Insane asylums in Bengal annual reports 1867-1875 - 1867-1875
Year: 1867
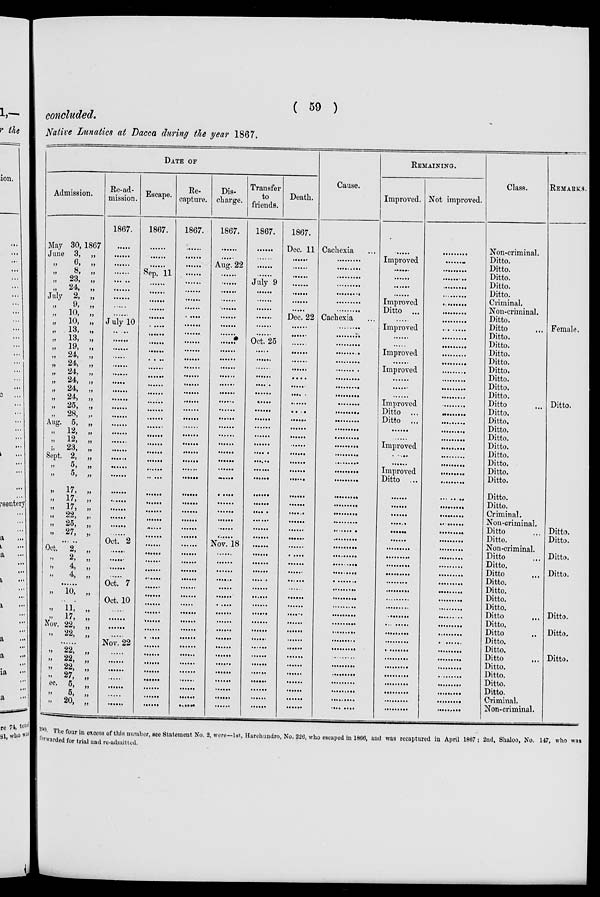
( 59 )
concluded.
Native Lunatics at Dacca during the year 1867.
DATE OF
Admission.
May 30, 1867
June 3, „
„ 6, „
„ 8, „
„ 23, „
„ 24, „
July 2, „
„ 9, „
„ 10, „
„ 10, „
„ 13, „
„ 13, „
„ 19, „
„ 24, „
„ 24, „
„ 24, „
„ 24, „
„ 24, „
„ 24, „
„ 25, „
„ 28, ,.
Aug. 5, „
„ 12, „
„ 12, „
„ 23, „
Sept. 2, „
„
5, „
„ 5, „
„ 17, „
„
17,
„
„
17, „
„ 22, „
„ 25, „
„ 27,
„
......
Oct. 2, „
„ 2, „
„
4, „
„
4, „
......
„ 10, „
......
„
11, „
„ 17, „
Nov. 22, „
„ 22, „
......
„ 22, „
„
22,
„
„ 22, „
27, „
Dec 5, „
„
5, „
„ 20, „
Re-ad-
mission.
1867.
......
......
......
......
......
......
......
......
......
July 10
......
......
......
......
......
......
......
......
......
......
......
......
......
......
......
......
......
......
......
......
......
......
......
......
Oct. 2
......
......
......
......
Oct. 7
......
Oct. 10
......
......
......
......
Nov. 22
......
......
......
......
......
......
......
Escape.
1867.
......
......
......
Sep. 11
......
......
......
......
......
......
......
......
......
......
......
......
......
......
......
......
......
......
......
......
......
......
......
......
......
......
......
......
......
......
......
......
......
......
......
......
......
......
......
......
......
......
......
......
......
......
......
......
......
......
Re-
capture.
1867.
......
......
......
......
......
......
......
......
......
......
......
......
......
......
......
......
......
......
......
......
......
......
......
......
......
......
......
......
......
......
......
......
......
......
......
......
......
......
......
......
......
......
......
......
......
......
......
......
......
......
......
......
......
......
Dis-
charge.
1867.
......
......
Aug. 22
......
......
......
......
......
......
......
......
......
......
......
......
......
......
......
......
......
......
......
......
......
......
......
......
......
......
......
......
......
......
......
Nov. 18
......
......
......
......
......
......
......
......
......
......
......
......
......
......
......
......
......
......
......
Transfer
to
friends.
1867.
......
......
......
......
July 9
......
......
......
......
......
......
Oct. 25
......
......
......
......
......
......
......
......
......
......
......
......
......
......
......
......
......
......
......
......
......
......
......
......
......
......
......
......
......
......
......
......
......
......
......
......
......
......
......
......
......
......
Death.
1867.
Dec. 11
......
......
......
......
......
......
......
Dec. 22
......
......
......
......
......
......
......
......
......
......
......
......
......
......
......
......
......
......
......
......
......
......
......
......
......
......
......
......
......
......
......
......
......
......
......
......
......
......
......
......
......
......
......
......
......
Cause.
Cachexia ...
.........
.........
.........
.........
.........
.........
.........
Cachexia
.........
.........
.........
.........
.........
.........
.........
.........
.........
.........
.........
.........
.........
.........
.........
.........
.........
.........
.........
.........
.........
.........
.........
.........
.........
.........
.........
.........
.........
.........
.........
.........
.........
.........
.........
.........
.........
.........
.........
.........
.........
.........
.........
.........
.........
REMAINING.
Improved.
......
Improved
......
......
......
......
Improved
Ditto ...
......
Improved
......
......
Improved
......
Improved
......
......
......
Improved
Ditto ...
Ditto ...
......
......
Improved
......
......
Improved
Ditto ...
......
......
......
......
......
......
......
......
......
......
......
......
......
......
......
......
......
......
......
......
......
......
......
......
......
......
Not improved.
.........
.........
.........
.........
.........
.........
.........
.........
.........
.........
.........
.........
.........
.........
.........
.........
.........
.........
.........
.........
.........
.........
.........
.........
.........
.........
.........
.........
.........
.........
.........
.........
.........
.........
.........
.........
.........
.........
.........
.........
.........
.........
.........
.........
.........
.........
.........
.........
.........
.........
.........
.........
.........
.........
Class.
Non-criminal.
Ditto.
Ditto.
Ditto.
Ditto.
Ditto.
Criminal.
Non-criminal.
Ditto.
Ditto
Ditto.
Ditto.
Ditto.
Ditto.
Ditto.
Ditto.
Ditto.
Ditto.
Ditto
Ditto.
Ditto.
Ditto.
Ditto.
Ditto.
Ditto.
Ditto.
Ditto.
Ditto.
Ditto.
Ditto.
Criminal.
Non-criminal.
Ditto ...
Ditto.
Non-criminal.
Ditto ...
Ditto.
Ditto ...
Ditto.
Ditto.
Ditto.
Ditto.
Ditto ...
Ditto.
Ditto ...
Ditto.
Ditto.
Ditto ...
Ditto.
Ditto.
Ditto.
Ditto.
Criminal.
Non-criminal.
REMARKS.
Female.
Ditto.
Ditto.
Ditto.
Ditto.
Ditto.
Ditto.
Ditto.
Ditto.
290. The four in excess of this number, see Statement No. 2, were—1st, Harchundro, No. 226, who escaped in 1866, and was recaptured in April 1867 ; 2nd, Shaloo, No. 147, who was
forwarded for trial and re-admitted.